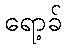
ရော့ခ်